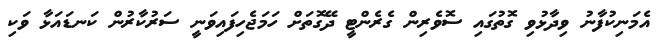
އެމަނިކުފާނު ވިދާޅުވި ގޮތުގައި ސޮވެރިން ގެރެންޓީ ދޭގޮތަށް ހަމަޖެހިފައިވަނީ ސަރުކާރުން ކަނޑައަޅާ ވަކި